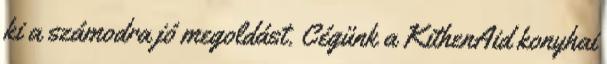
ki a számodra jó megoldást. Cégünk a KithenAid konyhai